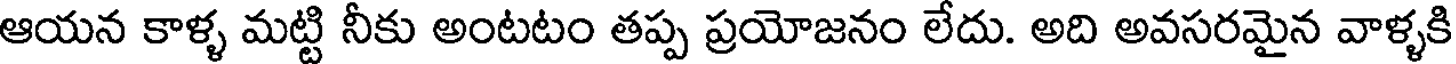
ఆయన కాళ్ళ మట్టి నీకు అంటటం తప్ప ప్రయోజనం లేదు. అది అవసరమైన వాళ్ళకి